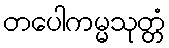
တပေါကမ္မသုတ္တံ